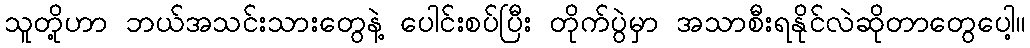
သူတို့ဟာ ဘယ်အသင်းသားတွေနဲ့ ပေါင်းစပ်ပြီး တိုက်ပွဲမှာ အသာစီးရနိုင်လဲဆိုတာတွေပေါ့။